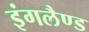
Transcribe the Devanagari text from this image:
इंगलैण्‍ड